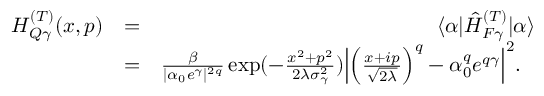
\begin{array} { r l r } { H _ { Q \gamma } ^ { ( T ) } ( x , p ) } & { = } & { \langle \alpha | \hat { H } _ { F \gamma } ^ { ( T ) } | \alpha \rangle } \\ & { = } & { \frac { \beta } { | \alpha _ { 0 } e ^ { \gamma } | ^ { 2 q } } \exp ( - \frac { x ^ { 2 } + p ^ { 2 } } { 2 \lambda \sigma _ { \gamma } ^ { 2 } } ) \Big | \Big ( \frac { x + i p } { \sqrt { 2 \lambda } } \Big ) ^ { q } - \alpha _ { 0 } ^ { q } e ^ { q \gamma } \Big | ^ { 2 } . \ \ } \end{array}